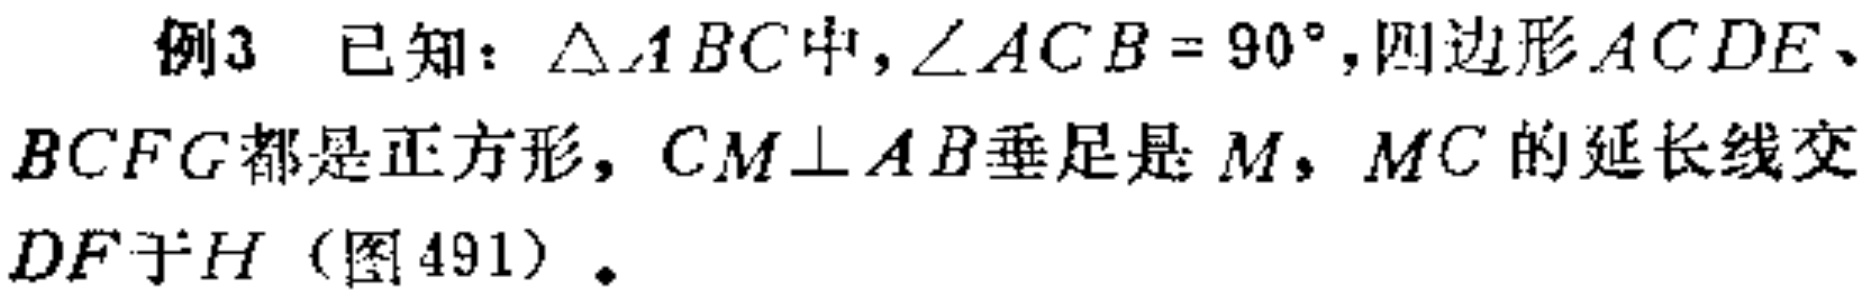
例3 已知：$\triangle ABC$中，$\angle ACB = 90^{\circ}$，四边形$ACDE$、$BCFG$都是正方形，$CM\perp AB$垂足是$M$，$MC$的延长线交$DF$于$H$（图491）.